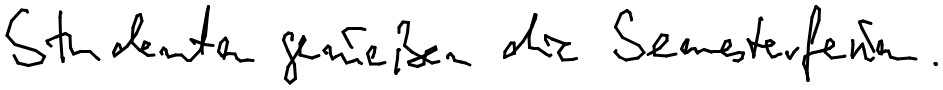
Studenten genießen die Semesterferien.